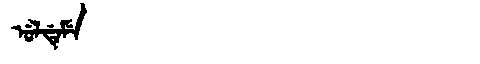
Manchu: ᡠᠯᡩᡝᠮᡝ
Romanization: ULDEME